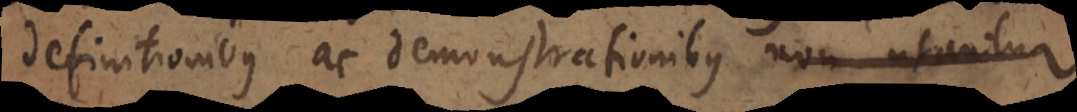
definitionibus ac demonstrationibus legesqu